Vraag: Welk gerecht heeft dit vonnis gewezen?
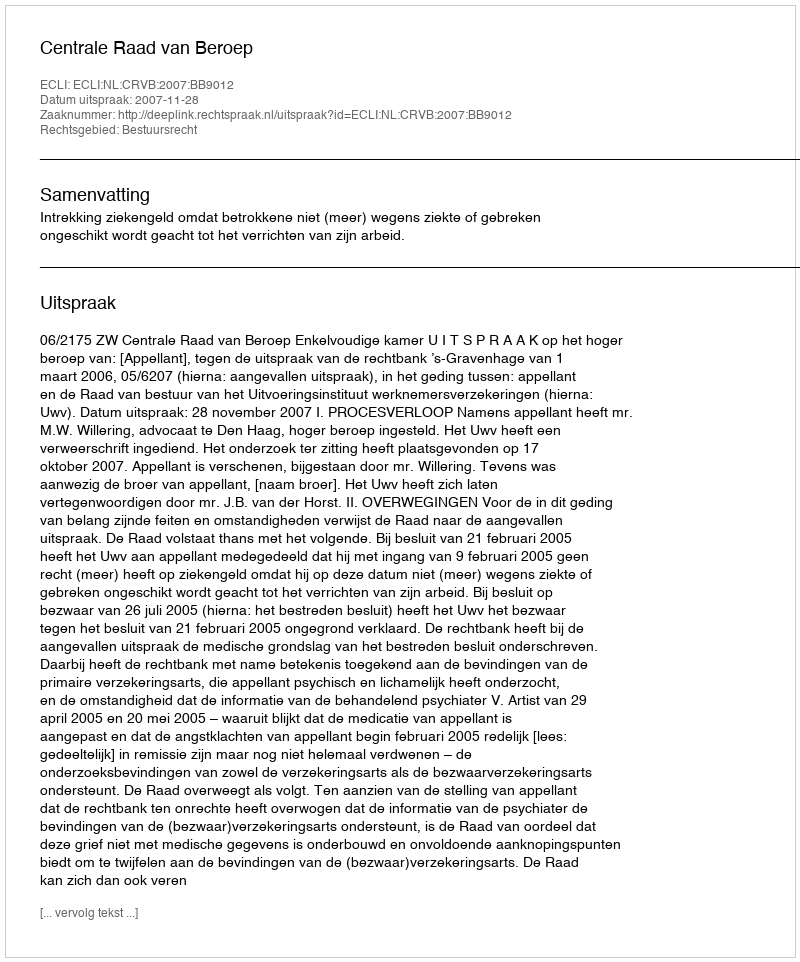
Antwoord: Centrale Raad van Beroep